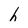
Character: h